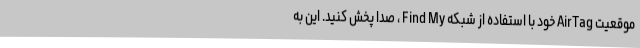
موقعیت AirTag خود با استفاده از شبکه Find My ، صدا پخش کنید. این به